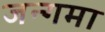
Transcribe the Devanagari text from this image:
जन्गमा